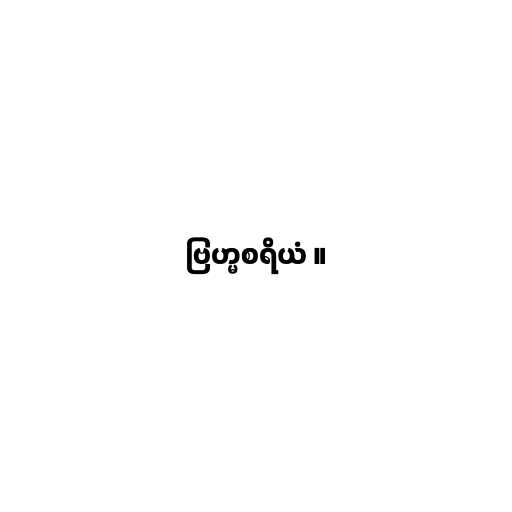
ဗြဟ္မစရိယံ ။